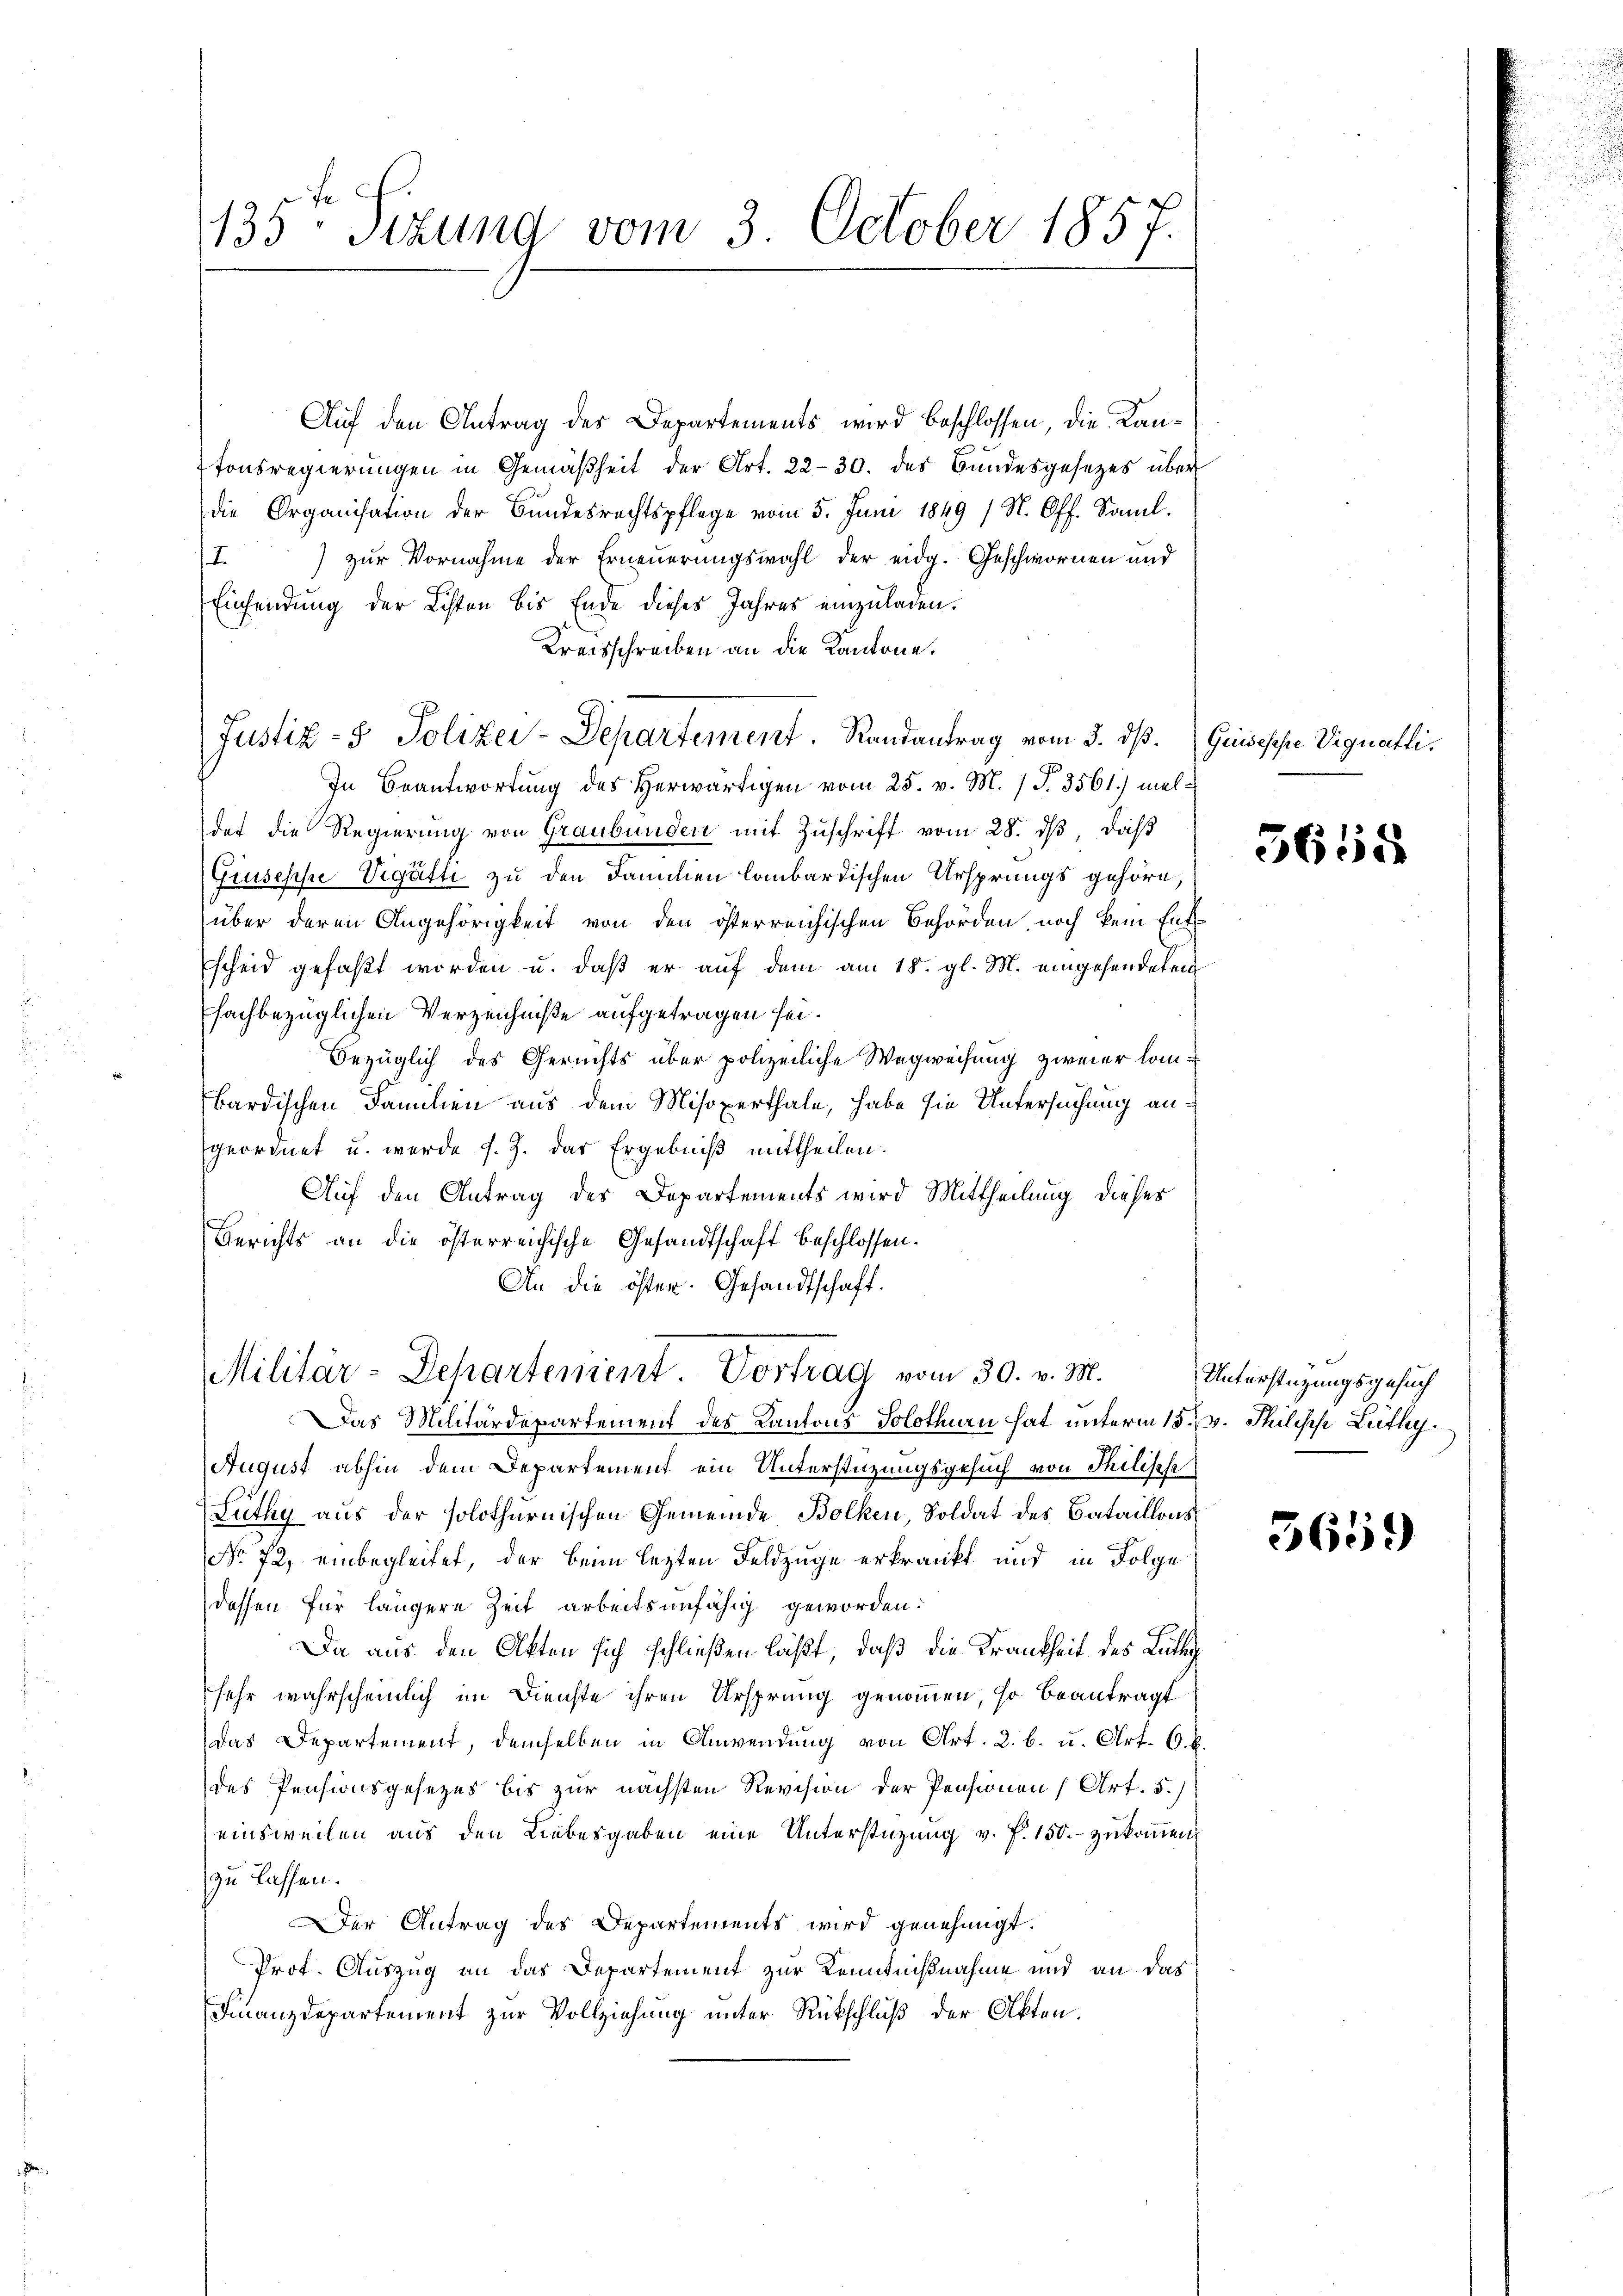
135ten Sizung vom 3. October 1857.

Auf den Antrag des Departements wird beschlossen, die Kantonsregierŭngen in Gemäßheit der Art. 22-30. des Bundesgesezes über
die Organisation der Bundesrechtspflege vom 5. Juni 1849 (N. Off. Saml.
) zur Vornahme der Erneuerungswahl der eidg. Geschwornen und
I
Einsendung der Listen bis Ende dieses Jahres einzuladen.
Kreisschreiben an die Kantone.
Justiz- & Polizei-Departement. Randantrag vom 3. dß. Quiseppe Vignetli¬
In Beantwortung des Herwärtigen vom 25. v. M. 1 S. 3561) meldet die Regierung von Graubünden mit Zŭschrift vom 28. dβ, daß
Giuseppe Vigätte zu den Familien lombardischen Ursprungs gehöre,
über deren Angehörigkeit von den österreichischen Behörden, noch kein Entscheid gefaßt worden u. daß er auf dem am 18. gl. M. eingehendeten
fachbezüglichen Verzeichniße aufgetragen sei.
bezüglich des Gerichts über polizeiliche Wegweisung zweier lanbardischen Familien aus dem Misoxerthale, habe sie Untersuchung angeordnet u. werde s. Z. das Ergebniß mittheilen.
Auf den Antrag des Departements wird Mittheilung dieses
Berichts an die österreichische Gesandtschaft beschlossen.
An die öffen. Gesandtschaft.
Militär-Departement. Vortrag vom 30. v. M.
Das Militärdepartement des Kantons Solothurn hat unterm 15. v. Philisch Lüthy
August abhin dem Departement ein Unterstützungsgesuch von Philische
Lüthy aus der solothurnischen Gemeinde Bolken, Soldat des Bataillons¬
No 72, einbegleitet, der beim lezten Feldzüge erkrankt und in Folge
dessen für längere Zeit arbeitsunfähig geworden.
Da aus den Akten sich schließen läßt, daß die Krankheit des Lutte
sehr wahrscheinlich im Dienste ihren Ursprung genommen, so beantragt
das Departement, demselben in Anwendung von Art. 2. b. u. Art. 6. b.
des Pensionsgesezes bis zur nächsten Revision der Pensionen (Art. 5.)
einsweilen aus den Liebesgaben eine Unterstüzung v. P. 150.- zukommen
zu lassen.
Der Antrag des Departements wird genehmigt.
Prot. Auszug an das Departement zur Kenntnißnahme und an das
Finanzdepartement zur Vollziehung unter Rückschluß der Akten.

5658

Unterstützungsgesuch

5659)